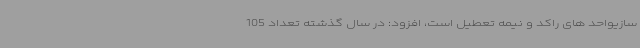
سازیواحد های راکد و نیمه تعطیل است، افزود: در سال گذشته تعداد 105